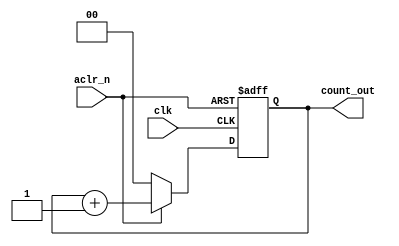
module counter(
   input clk ,aclr_n,
   output [1:0] count_out 
);
//registers 
reg [1:0] state_reg,state_next;
//reg logic
always@(posedge clk , negedge aclr_n)
  begin 
 state_reg<= 2'b00;
  if(aclr_n==0)
   state_reg<= 2'b00;
  else 
   state_reg<=state_next;
  end
//next state logic
always@*
begin 
 if(aclr_n==0)
   state_next= 2'b00;
 else 
   state_next=state_reg+1;
       
end 

assign count_out = state_reg ;

endmodule


module counter_tb();
   reg clk ,aclr_n;
   wire [1:0] count_out ;

counter dut(clk,aclr_n,count_out);
always 
begin
clk=0;
#50;
clk=1;
#50;
end

initial
begin
aclr_n =0;
#100;
aclr_n =1;
#200;
aclr_n =0;
#200;
aclr_n =1;
#400;
end
endmodule